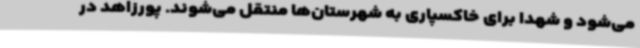
می‌شود و شهدا برای خاکسپاری به شهرستان‌ها منتقل می‌شوند. پورزاهد در